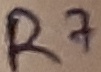
Text: R7